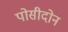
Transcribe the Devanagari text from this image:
पोसीदोन